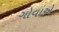
ગોવાએ